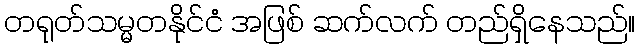
တရုတ်သမ္မတနိုင်ငံ အဖြစ် ဆက်လက် တည်ရှိနေသည်။